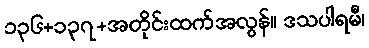
၁၃၆+၁၃၇+အတိုင်းထက်အလွန်။ ဒသပါရမီ၊